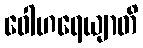
ဝေါဟရေယျာတိ